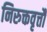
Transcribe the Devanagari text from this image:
निरुक्तवृत्तौ